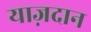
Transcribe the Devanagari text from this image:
याज़दान